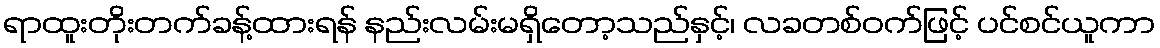
ရာထူးတိုးတက်ခန့်ထားရန် နည်းလမ်းမရှိတော့သည်နှင့်၊ လခတစ်ဝက်ဖြင့် ပင်စင်ယူကာ